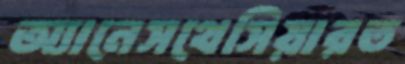
অ্যানেসথেসিয়ারত